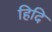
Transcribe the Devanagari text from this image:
हिदि